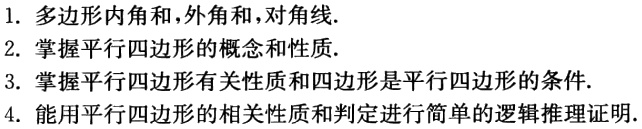
1. 多边形内角和,外角和,对角线.
2. 掌握平行四边形的概念和性质.
3. 掌握平行四边形有关性质和四边形是平行四边形的条件.
4. 能用平行四边形的相关性质和判定进行简单的逻辑推理证明.